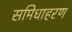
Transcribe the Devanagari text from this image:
समिधाहरण